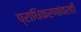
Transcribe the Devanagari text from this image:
प्राधिकरणांवरही